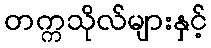
တက္ကသိုလ်များနှင့်